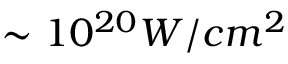
\sim 1 0 ^ { 2 0 } W / c m ^ { 2 }